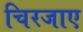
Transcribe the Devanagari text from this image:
चिरजाए